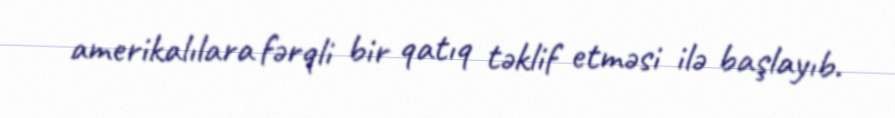
amerikalılara fərqli bir qatıq təklif etməsi ilə başlayıb.